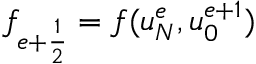
f _ { e + \frac { 1 } { 2 } } = f ( u _ { N } ^ { e } , u _ { 0 } ^ { e + 1 } )